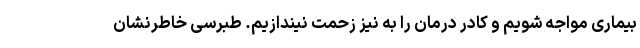
بیماری مواجه شویم و کادر درمان را به نیز زحمت نیندازیم. طبرسی خاطرنشان